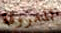
المعروفة